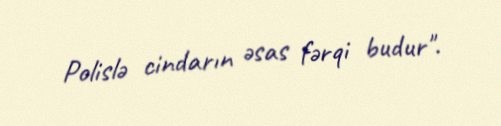
Polislə cindarın əsas fərqi budur".